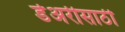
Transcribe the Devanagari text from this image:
डेअरीसाठी